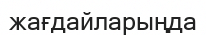
жағдайларыңда